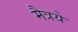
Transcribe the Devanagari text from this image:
मैत्रये